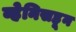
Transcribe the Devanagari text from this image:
व्हेनिसहून